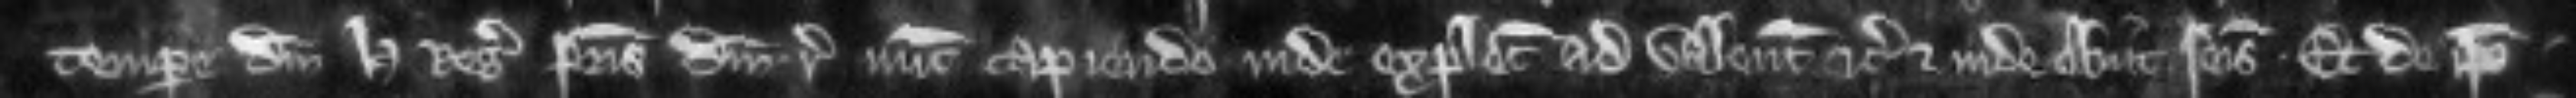
tempore domini Henrici regis patris domini regis nunc capiendo inde explecia ad valenciam etc. et inde obiit seisitus. Et de ipso